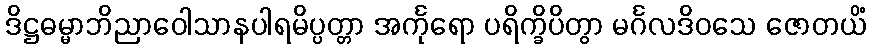
ဒိဋ္ဌဓမ္မာဘိညာဝေါသာနပါရမိပ္ပတ္တာ အင်္ကုရော ပရိက္ခိပိတွာ မင်္ဂလဒိဝသေ ဇောတယိံ